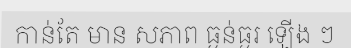
កាន់តែ មាន សភាព ធ្ងន់ធ្ងរ ឡើង ៗ